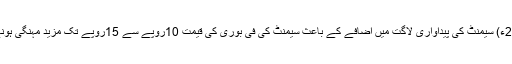
10جنوری 2014ء) سیمنٹ کی پیداواری لاگت میں اضافے کے باعث سیمنٹ کی فی بوری کی قیمت 10روپے سے 15روپے تک مزید مہنگی ہونے کا امکان ہے ۔